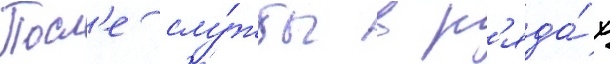
Посл'е слу́жбы в р'яда́х